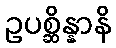
ဥပစ္ဆိန္နာနိ